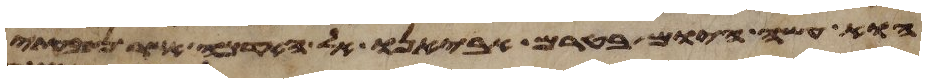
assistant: הוא עשה היום בטרם אביאנו אל האדמה אשר